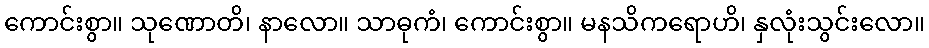
ကောင်းစွာ။ သုဏောတိ၊ နာလော။ သာဓုကံ၊ ကောင်းစွာ။ မနသိကရောဟိ၊ နှလုံးသွင်းလော။